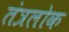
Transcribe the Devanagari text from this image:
तंत्रलोक